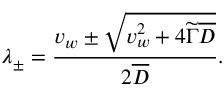
\lambda _ { \pm } = \frac { v _ { w } \pm \sqrt { v _ { w } ^ { 2 } + 4 \widetilde { \Gamma } \overline { { { D } } } } } { 2 \overline { { { D } } } } .